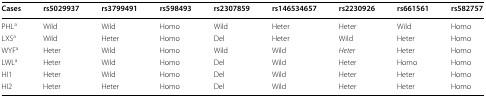
<table><thead><tr><td><b>Cases</b></td><td><b>rs5029937</b></td><td><b>rs3799491</b></td><td><b>rs598493</b></td><td><b>rs2307859</b></td><td><b>rs146534657</b></td><td><b>rs2230926</b></td><td><b>rs661561</b></td><td><b>rs582757</b></td></tr></thead><tbody><tr><td>PHL<sup>a</sup></td><td>Wild</td><td>Wild</td><td>Homo</td><td>Wild</td><td>Heter</td><td>Heter</td><td>Wild</td><td>Homo</td></tr><tr><td>LXS<sup>a</sup></td><td>Wild</td><td>Heter</td><td>Homo</td><td>Del</td><td>Heter</td><td>Wild</td><td>Heter</td><td>Homo</td></tr><tr><td>WYF<sup>a</sup></td><td>Heter</td><td>Wild</td><td>Homo</td><td>Wild</td><td>Wild</td><td><i>Heter</i></td><td>Heter</td><td>Homo</td></tr><tr><td>LWL<sup>a</sup></td><td>Heter</td><td>Wild</td><td>Homo</td><td>Del</td><td>Wild</td><td>Heter</td><td>Homo</td><td>Homo</td></tr><tr><td>HI1</td><td>Heter</td><td>Wild</td><td>Homo</td><td>Del</td><td>Wild</td><td>Heter</td><td>Heter</td><td>Homo</td></tr><tr><td>HI2</td><td>Heter</td><td>Heter</td><td>Homo</td><td>Del</td><td>Wild</td><td>Heter</td><td>Heter</td><td>Homo</td></tr></tbody></table>